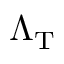
\Lambda _ { \mathrm { T } }